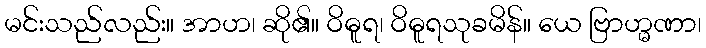
မင်းသည်လည်း။ အာဟ၊ ဆို၏။ ဝိဓူရ၊ ဝိဓူရသုခမိန်။ ယေ ဗြာဟ္မဏာ၊